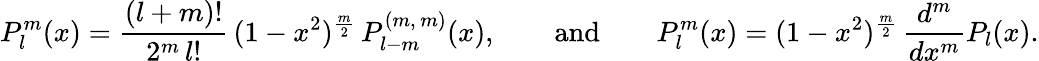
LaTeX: P_{l}^{m}(x)=\frac{(l+m)!}{2^{m}\, l!}\, (1-x^{2})^{\frac m2}\, P_{l-m}^{(m,\, m)}(x),\qquad\mathrm{and}\qquad P_{l}^{m}(x)=(1-x^{2})^{\frac m2}\, \frac{d^{m}}{dx^{m}}P_{l}(x).